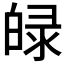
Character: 𤽺